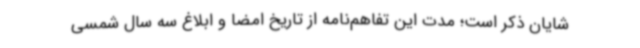
شایان ذکر است؛ مدت این تفاهم‌نامه از تاریخ امضا و ابلاغ سه سال شمسی